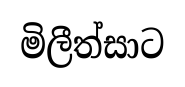
මිලීත්සාට